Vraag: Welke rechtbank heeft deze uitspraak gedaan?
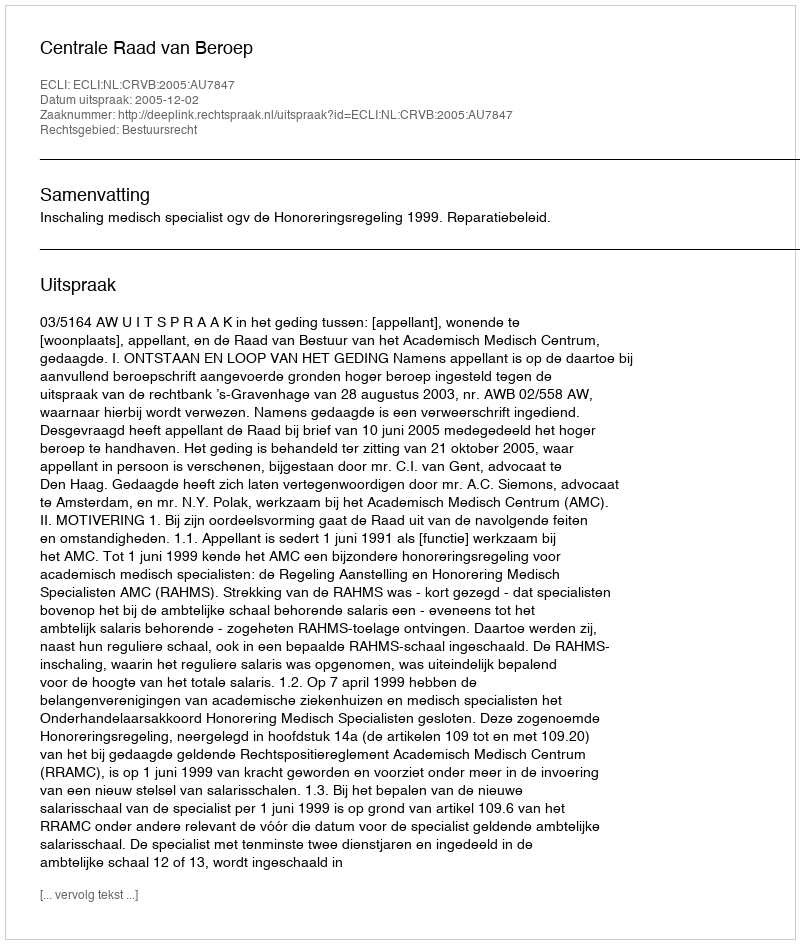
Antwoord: Centrale Raad van Beroep